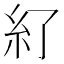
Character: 𱹫